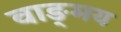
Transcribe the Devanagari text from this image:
वाङ्‍मय